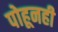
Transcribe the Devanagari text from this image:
पोहूनही